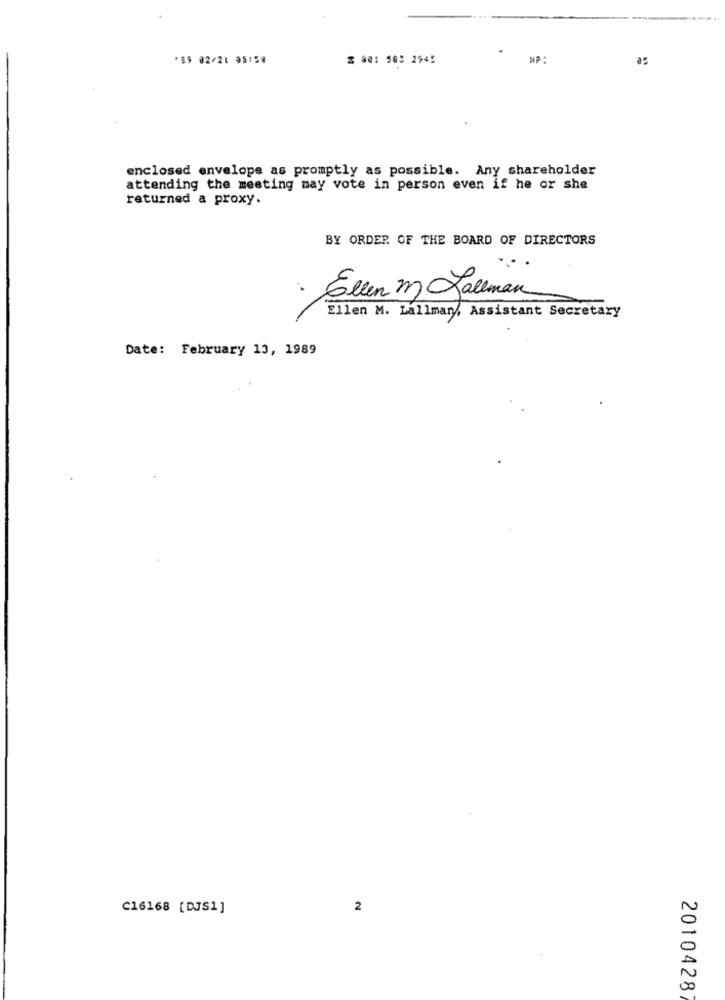
'89 02/21 95:58
$ 001 583 2$4!
as
enclosed envelope as promptly as possible. Any shareholder
attending the meeting may vote in person even if he or she
returned a proxy.
BY ORDER OF THE BOARD OF DIRECTORS
· Ellen m Hallman
Ellen M. Lallman, Assistant Secretary
Date: February 13, 1989
C16168 [DJS1]
2
2010428